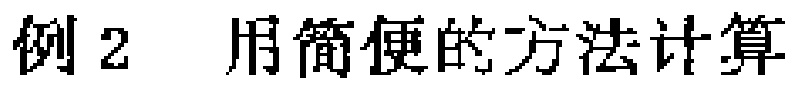
例2 用简便的方法计算